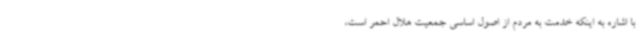
با اشاره به اینکه خدمت به مردم از اصول اساسی جمعیت هلال احمر است،